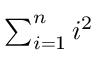
\textstyle \sum _ { i = 1 } ^ { n } i ^ { 2 }